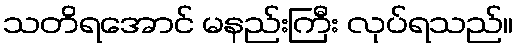
သတိရအောင် မနည်းကြီး လုပ်ရသည်။